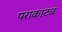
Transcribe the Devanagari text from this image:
पराकाट्य